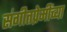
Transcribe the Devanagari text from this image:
संगीतप्रेमींच्या